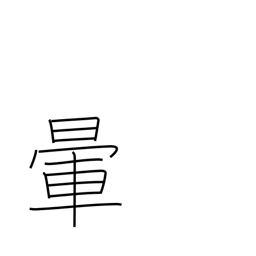
Meaning: fade